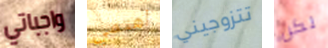
واجباتي اهتمي تتزوجيني لكن